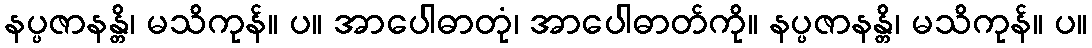
နပ္ပဇာနန္တိ၊ မသိကုန်။ ပ။ အာပေါဓာတုံ၊ အာပေါဓာတ်ကို။ နပ္ပဇာနန္တိ၊ မသိကုန်။ ပ။